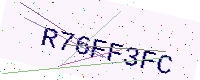
Text: R76FF3FC